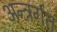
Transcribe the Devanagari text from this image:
अन्त्रर्गत